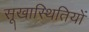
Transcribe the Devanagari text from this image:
सूखास्थितियों